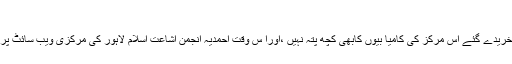
جلد 61،شمارہ 42)
مشرقی اور مغربی ممالک میں تبلیغ اسلام کے لیے خریدے گئے اس مرکز کی کامیا بیوں کابھی کچھ پتہ نہیں ،اورا س وقت احمدیہ انجمن اشاعت اسلام لاہور کی مرکزی ویب سائٹ پر یوکے مشن کا صرف درج ذیل ایڈریس موجود ہے۔